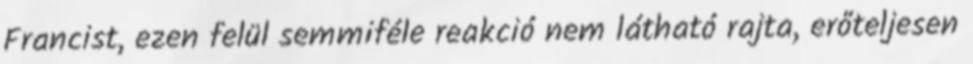
Francist, ezen felül semmiféle reakció nem látható rajta, erőteljesen